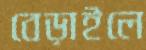
বেড়াইলে